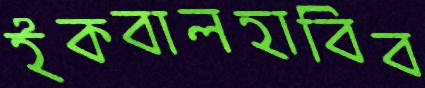
ইকবালহাবিব